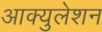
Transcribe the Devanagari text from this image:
आक्युलेशन